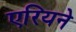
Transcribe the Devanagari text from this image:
एरियने